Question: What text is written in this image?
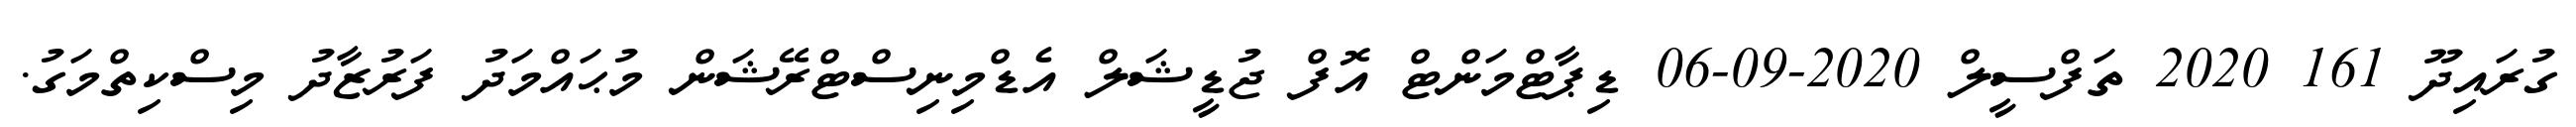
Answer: ގުރައިދޫ 161 2020 ތަފްސީލް 2020-09-06 ޑިޕާޓްމަންޓް އޮފް ޖުޑީޝަލް އެޑްމިނިސްޓްރޭޝަން މުޙައްމަދު ފަރުޒާދު މިސްކިތްމަގު.